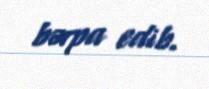
bərpa edib.